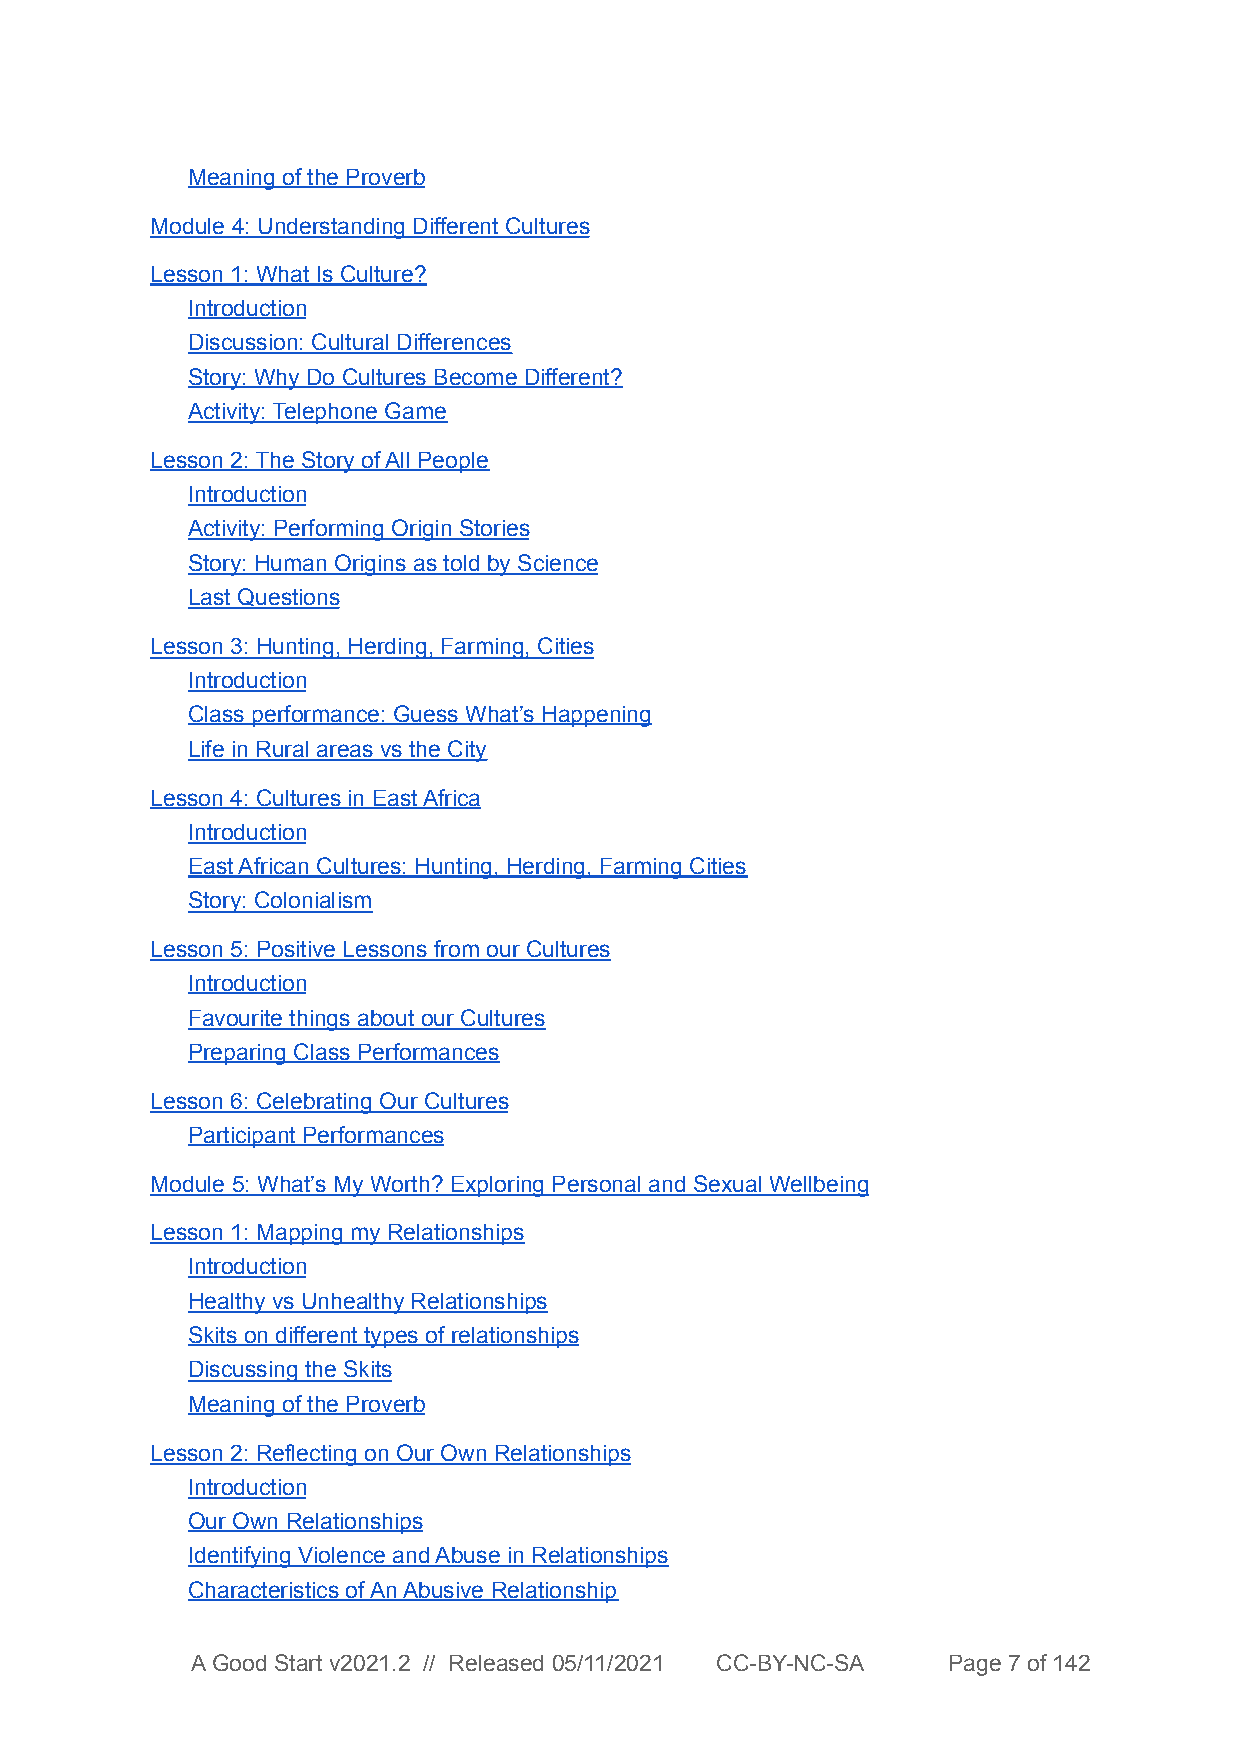
Meaning of the Proverb
 Module 4: Understanding Different Cultures
 Lesson 1: What Is Culture?
 Introduction
 Discussion: Cultural Differences
 Story: Why Do Cultures Become Different?
 Activity: Telephone Game
 Lesson 2: The Story of All People
 Introduction
 Activity: Performing Origin Stories
 Story: Human Origins as told by Science
 Last Questions
 Lesson 3: Hunting, Herding, Farming, Cities
 Introduction
 Class performance: Guess What’s Happening
 Life in Rural areas vs the City
 Lesson 4: Cultures in East Africa
 Introduction
 East African Cultures: Hunting, Herding, Farming Cities
 Story: Colonialism
 Lesson 5: Positive Lessons from our Cultures
 Introduction
 Favourite things about our Cultures
 Preparing Class Performances
 Lesson 6: Celebrating Our Cultures
 Participant Performances
 Module 5: What’s My Worth? Exploring Personal and Sexual Wellbeing
 Lesson 1: Mapping my Relationships
 Introduction
 Healthy vs Unhealthy Relationships
 Skits on different types of relationships
 Discussing the Skits
 Meaning of the Proverb
 Lesson 2: Reflecting on Our Own Relationships
 Introduction
 Our Own Relationships
 Identifying Violence and Abuse in Relationships
 Characteristics of An Abusive Relationship
 A Good Start v2021.2 // Released 05/11/2021 CC-BY-NC-SA Page 7 of 142